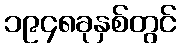
၁၉၄၈ခုနှစ်တွင်